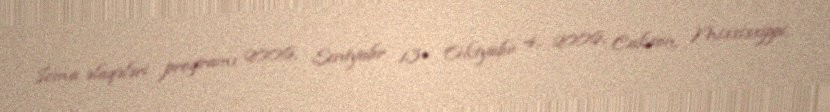
İcma əlaqələri proqramı 2006, Sentyabr 13- Oktyabr 4, 2006, Cakson, Mississippi,